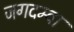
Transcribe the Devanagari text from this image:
जगदम्‍बा